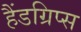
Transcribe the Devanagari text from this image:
हैंडग्रिप्स